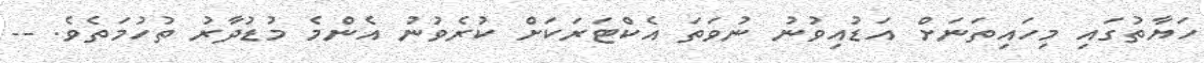
ހަޔާތުގައި މިހައިތަނަށް އަޑުއިވުނު ނުވަތަ އެކްޓަރަކަށް ކުރެވުނު އެންމެ މުޑުދާރު ތުހުމަތެވެ. --